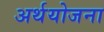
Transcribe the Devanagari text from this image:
अर्थयोजना